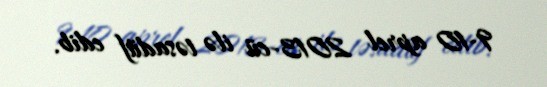
9-10 aprel 2013-cü ilə təsadüf edib.